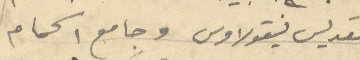
القديس نيقولاوس وجامع الحمام